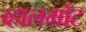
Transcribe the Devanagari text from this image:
व्हालमाँट